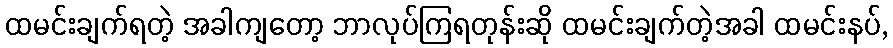
ထမင်းချက်ရတဲ့ အခါကျတော့ ဘာလုပ်ကြရတုန်းဆို ထမင်းချက်တဲ့အခါ ထမင်းနပ်,